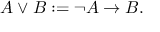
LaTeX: \ A \vee B : = \neg A \rightarrow B .